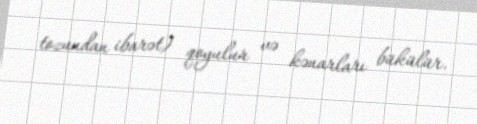
tozundan ibarət) qoyulur və kənarları bükülür.